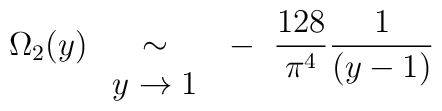
\Omega_2(y) ~  \begin{array}{c} \\\sim \\ y \rightarrow 1\end{array} ~-~ \frac{128}{\pi^4}\frac{1}{(y-1)}